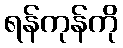
ရန်ကုန်ကို